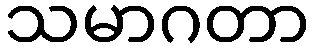
သမာဂတာ